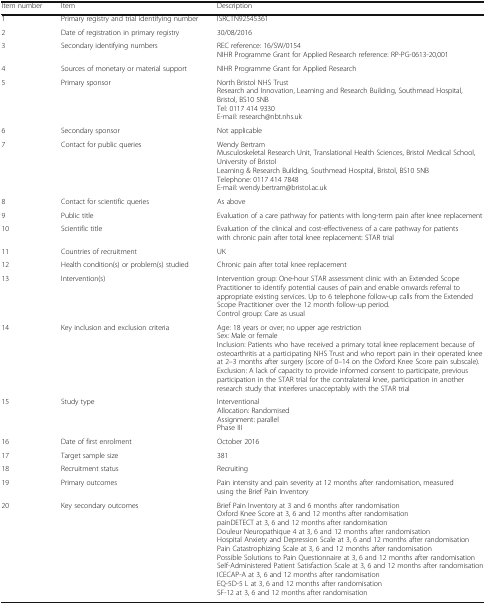
<table><thead><tr><td><b>Item number</b></td><td><b>Item</b></td><td><b>Description</b></td></tr></thead><tbody><tr><td>1</td><td>Primary registry and trial identifying number</td><td>ISRCTN92545361</td></tr><tr><td>2</td><td>Date of registration in primary registry</td><td>30/08/2016</td></tr><tr><td>3</td><td>Secondary identifying numbers</td><td>REC reference: 16/SW/0154NIHR Programme Grant for Applied Research reference: RP-PG-0613-20,001</td></tr><tr><td>4</td><td>Sources of monetary or material support</td><td>NIHR Programme Grant for Applied Research</td></tr><tr><td>5</td><td>Primary sponsor</td><td>North Bristol NHS TrustResearch and Innovation, Learning and Research Building, Southmead Hospital, Bristol, BS10 5NBTel: 0117 414 9330E-mail: research@nbt.nhs.uk</td></tr><tr><td>6</td><td>Secondary sponsor</td><td>Not applicable</td></tr><tr><td>7</td><td>Contact for public queries</td><td>Wendy BertramMusculoskeletal Research Unit, Translational Health Sciences, Bristol Medical School, University of BristolLearning &amp; Research Building, Southmead Hospital, Bristol, BS10 5NBTelephone: 0117 414 7848E-mail: wendy.bertram@bristol.ac.uk</td></tr><tr><td>8</td><td>Contact for scientific queries</td><td>As above</td></tr><tr><td>9</td><td>Public title</td><td>Evaluation of a care pathway for patients with long-term pain after knee replacement</td></tr><tr><td>10</td><td>Scientific title</td><td>Evaluation of the clinical and cost-effectiveness of a care pathway for patients with chronic pain after total knee replacement: STAR trial</td></tr><tr><td>11</td><td>Countries of recruitment</td><td>UK</td></tr><tr><td>12</td><td>Health condition(s) or problem(s) studied</td><td>Chronic pain after total knee replacement</td></tr><tr><td>13</td><td>Intervention(s)</td><td>Intervention group: One-hour STAR assessment clinic with an Extended Scope Practitioner to identify potential causes of pain and enable onwards referral to appropriate existing services. Up to 6 telephone follow-up calls from the Extended Scope Practitioner over the 12 month follow-up period.Control group: Care as usual</td></tr><tr><td>14</td><td>Key inclusion and exclusion criteria</td><td>Age: 18 years or over; no upper age restrictionSex: Male or femaleInclusion: Patients who have received a primary total knee replacement because of osteoarthritis at a participating NHS Trust and who report pain in their operated knee at 2–3 months after surgery (score of 0–14 on the Oxford Knee Score pain subscale).Exclusion: A lack of capacity to provide informed consent to participate, previous participation in the STAR trial for the contralateral knee, participation in another research study that interferes unacceptably with the STAR trial</td></tr><tr><td>15</td><td>Study type</td><td>InterventionalAllocation: RandomisedAssignment: parallelPhase III</td></tr><tr><td>16</td><td>Date of first enrolment</td><td>October 2016</td></tr><tr><td>17</td><td>Target sample size</td><td>381</td></tr><tr><td>18</td><td>Recruitment status</td><td>Recruiting</td></tr><tr><td>19</td><td>Primary outcomes</td><td>Pain intensity and pain severity at 12 months after randomisation, measured using the Brief Pain Inventory</td></tr><tr><td>20</td><td>Key secondary outcomes</td><td>Brief Pain Inventory at 3 and 6 months after randomisationOxford Knee Score at 3, 6 and 12 months after randomisationpainDETECT at 3, 6 and 12 months after randomisationDouleur Neuropathique 4 at 3, 6 and 12 months after randomisationHospital Anxiety and Depression Scale at 3, 6 and 12 months after randomisationPain Catastrophizing Scale at 3, 6 and 12 months after randomisationPossible Solutions to Pain Questionnaire at 3, 6 and 12 months after randomisationSelf-Administered Patient Satisfaction Scale at 3, 6 and 12 months after randomisationICECAP-A at 3, 6 and 12 months after randomisationEQ-5D-5 L at 3, 6 and 12 months after randomisationSF-12 at 3, 6 and 12 months after randomisation</td></tr></tbody></table>